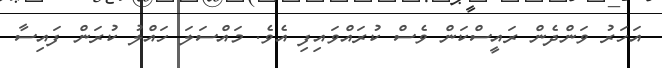
އަހަރު ވަންދެން ރައީސްކަން ވެސް ކުރައްވައިފި އެވެ. މައްސަލަ ހައްލު ކުރަން ފައިސާ